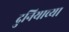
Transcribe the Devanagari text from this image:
दुनियाच्या